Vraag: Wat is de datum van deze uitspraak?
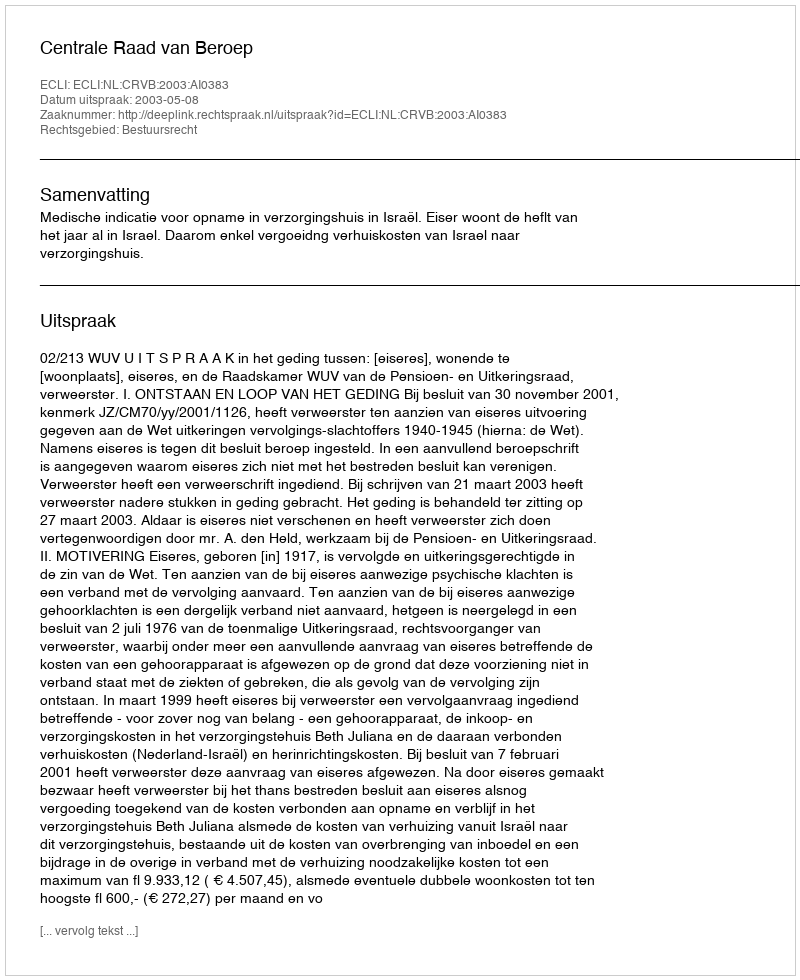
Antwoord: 2003-05-08